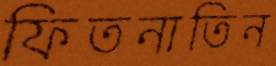
ফিতনাতিন